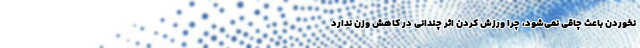
نخوردن باعث چاقی نمی‌شود، چرا ورزش کردن اثر چندانی در کاهش وزن ندارد